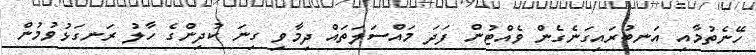
ހޭނެތުމާއި އަނބުރައިގަނެގެން ވެއްޓުން ފަދަ މައްސަލަތައް ދިމާވި ގިނަ ކުދިންގެ ހާލު ރަނގަޅުވުމުން